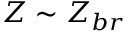
Z \sim Z _ { b r }